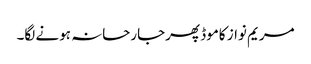
مریم نواز کاموڈ پھرجارحانہ ہونے لگا۔